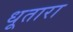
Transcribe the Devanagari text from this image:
धूतारा